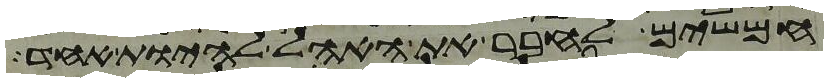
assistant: חמשים לחבר את האהל להיות אחד